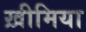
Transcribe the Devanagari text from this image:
ख़ीमिया